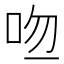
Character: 𠱎